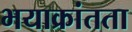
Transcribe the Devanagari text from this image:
भयाक्रांतता